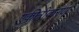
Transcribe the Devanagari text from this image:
एकीत्रीकरण